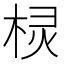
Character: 棂